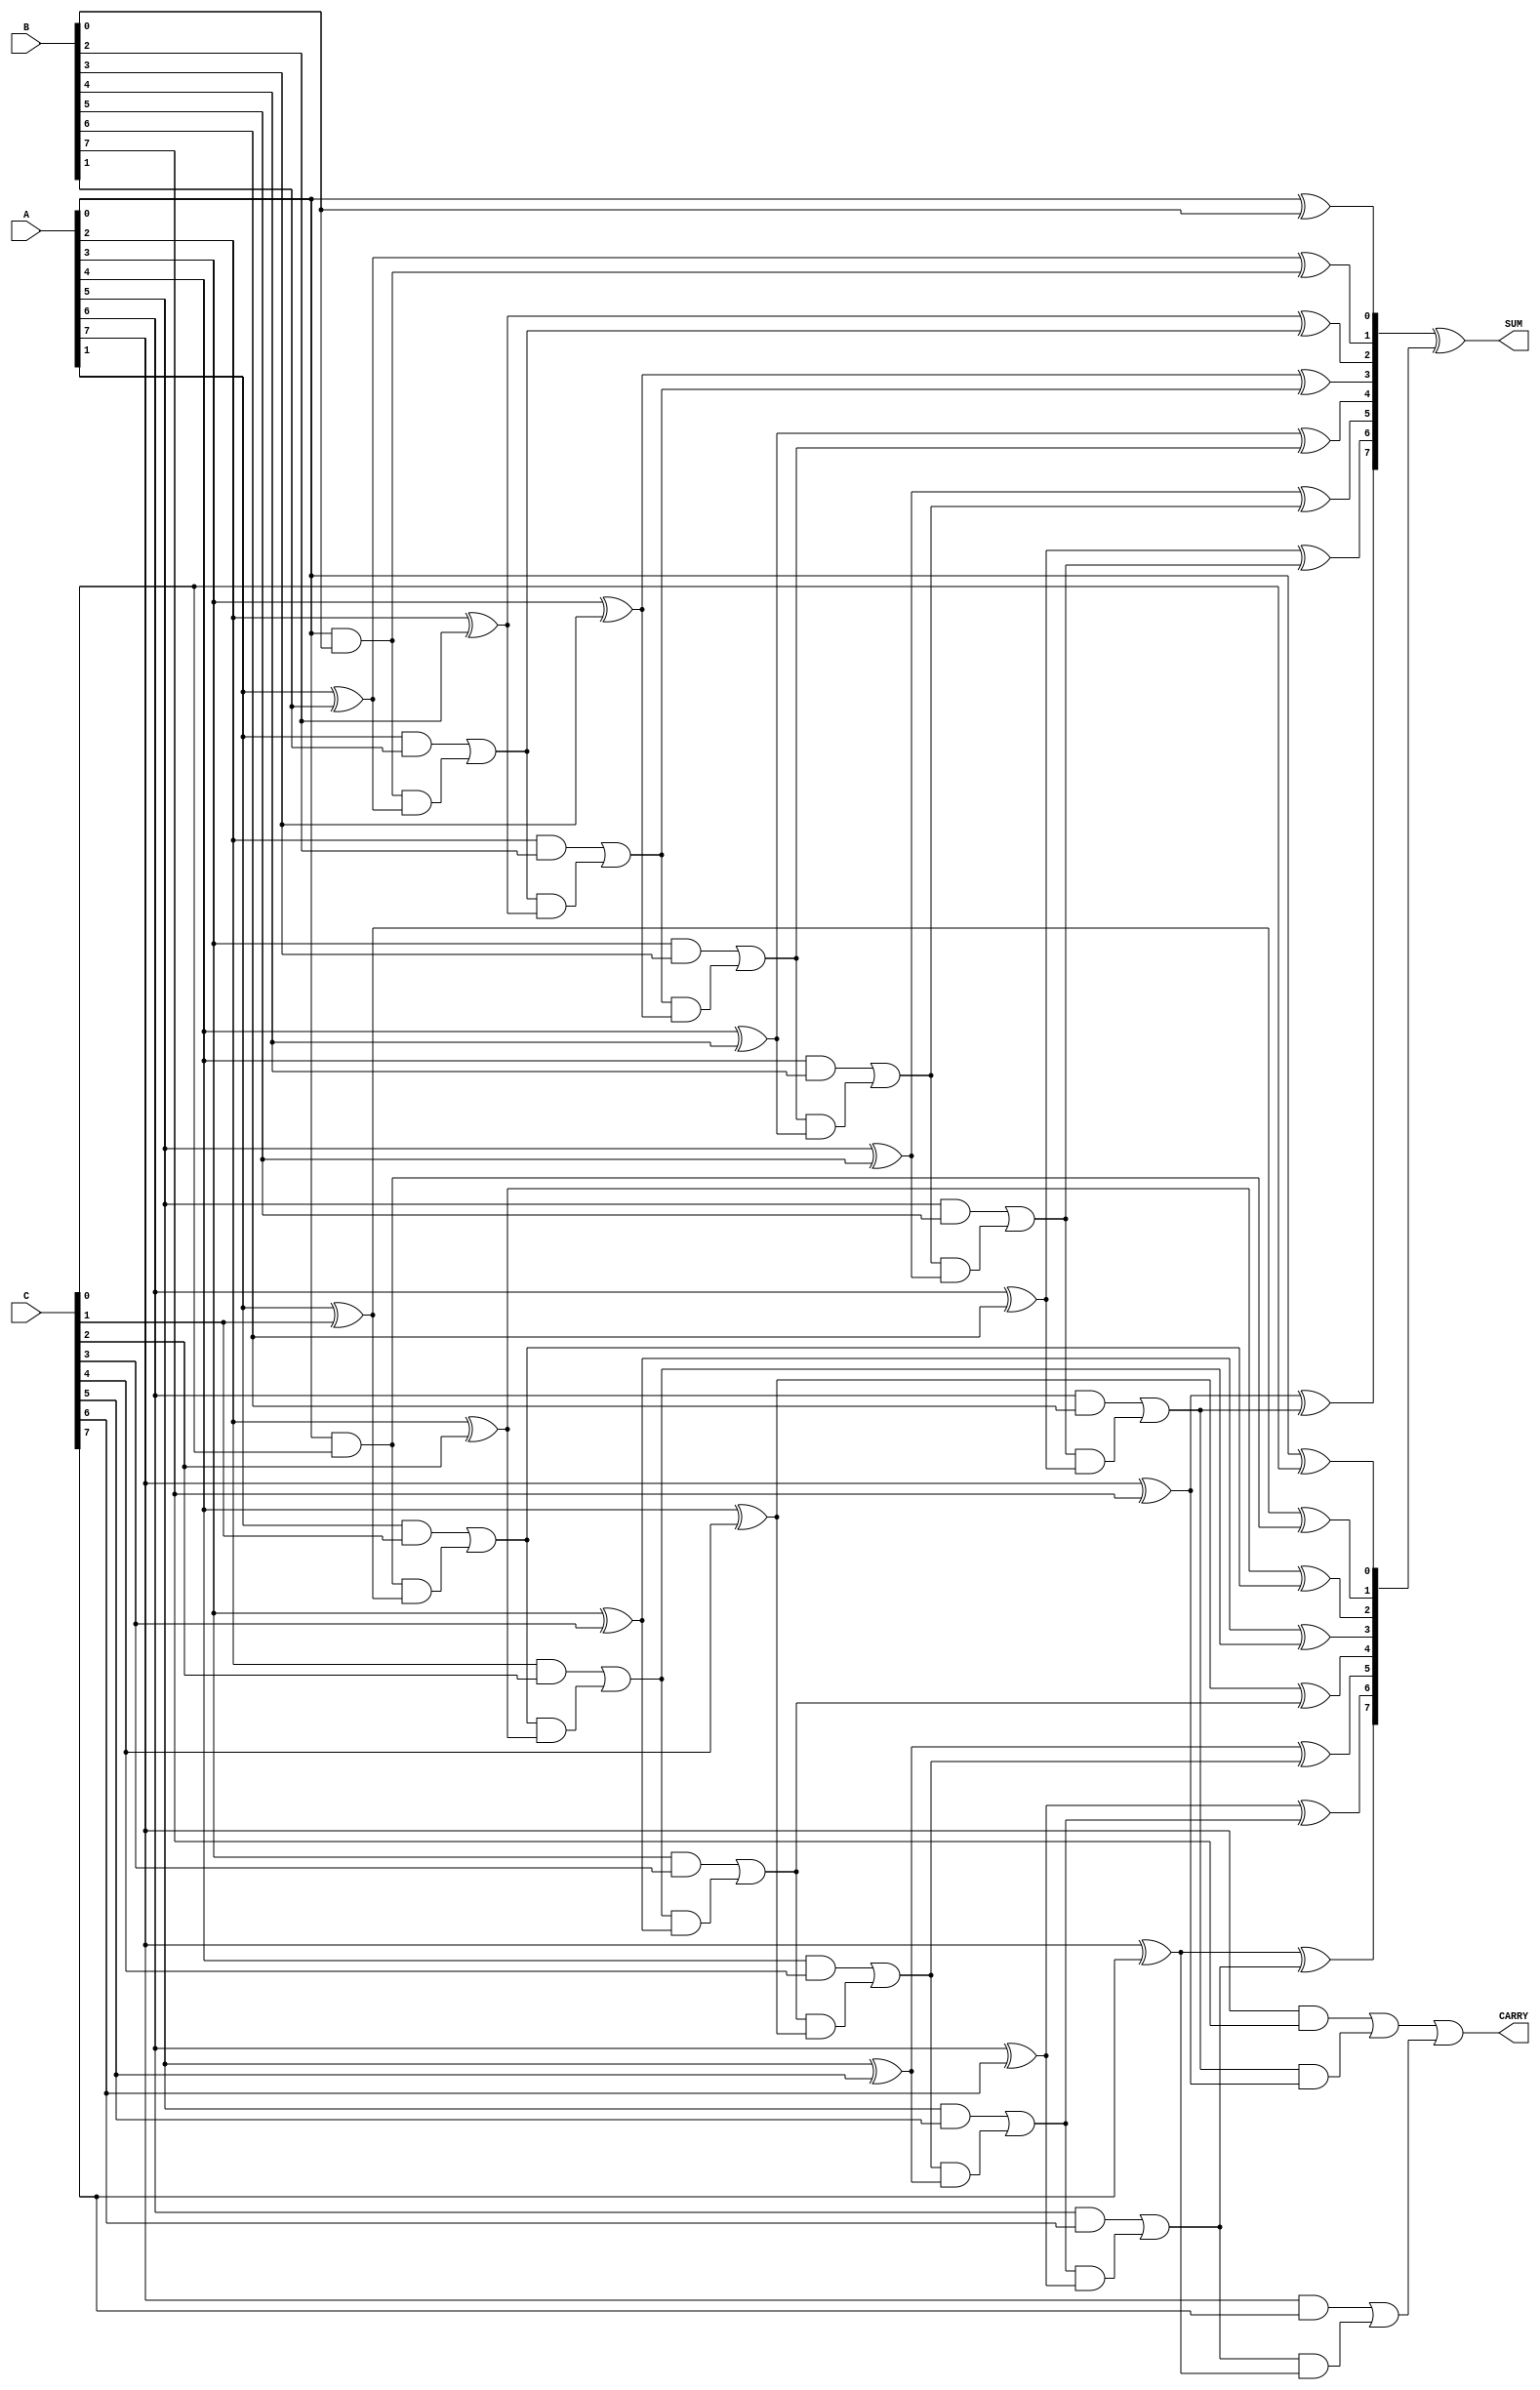
module ModifiedCarrySaveAdder #(
    parameter WIDTH = 8   // Width of the operands
)(
    input wire [WIDTH-1:0] A,   // First operand
    input wire [WIDTH-1:0] B,   // Second operand
    input wire [WIDTH-1:0] C,   // Third operand
    output wire [WIDTH-1:0] SUM, // Sum output
    output wire CARRY           // Carry output
);

    // Intermediate carry and sum signals
    wire [WIDTH-1:0] sum_ab, sum_ac, sum_bc;
    wire [WIDTH:0] carry_ab, carry_ac, carry_bc;

    // Full Adder for A and B
    genvar i;
    generate
        for(i = 0; i < WIDTH; i = i + 1) begin : full_adder_ab
            if (i == 0) begin
                assign sum_ab[i] = A[i] ^ B[i];          // Sum bit
                assign carry_ab[i] = A[i] & B[i];        // Carry out
            end else begin
                assign sum_ab[i] = A[i] ^ B[i] ^ carry_ab[i-1];  // Sum bit
                assign carry_ab[i] = (A[i] & B[i]) | (carry_ab[i-1] & (A[i] ^ B[i])); // Carry out
            end
        end
    endgenerate

    // Full Adder for A and C
    generate
        for(i = 0; i < WIDTH; i = i + 1) begin : full_adder_ac
            if (i == 0) begin
                assign sum_ac[i] = A[i] ^ C[i];          // Sum bit
                assign carry_ac[i] = A[i] & C[i];        // Carry out
            end else begin
                assign sum_ac[i] = A[i] ^ C[i] ^ carry_ac[i-1];  // Sum bit
                assign carry_ac[i] = (A[i] & C[i]) | (carry_ac[i-1] & (A[i] ^ C[i])); // Carry out
            end
        end
    endgenerate

    // Combine carry and sum outputs
    assign SUM = sum_ab ^ sum_ac;             // Final Sum
    assign CARRY = carry_ab[WIDTH-1] | carry_ac[WIDTH-1]; // Final Carry (assumes additional carry considerations)

endmodule